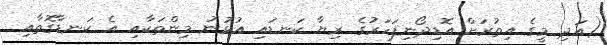
(އަދި މީގެ އިތުރަށް އޮޑިދޯނިފަހަރުގެ ރިޔާ ކަނޑައި އުޅުނު މިންތަކާއި އެ ކަނޑާގޮތާއި